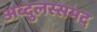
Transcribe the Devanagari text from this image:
अब्दुलस्समद